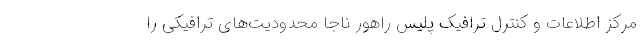
مرکز اطلاعات و کنترل ترافیک پلیس راهور ناجا محدودیت‌های ترافیکی را